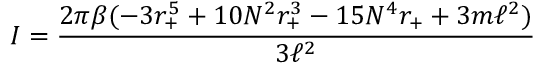
I = \frac { 2 \pi \beta ( - 3 r _ { + } ^ { 5 } + 1 0 N ^ { 2 } r _ { + } ^ { 3 } - 1 5 N ^ { 4 } r _ { + } + 3 m \ell ^ { 2 } ) } { 3 \ell ^ { 2 } }